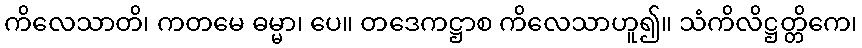
ကိလေသာတိ၊ ကတမေ ဓမ္မာ၊ ပေ။ တဒေကဋ္ဌာစ ကိလေသာဟူ၍။ သံကိလိဋ္ဌတ္တိကေ၊